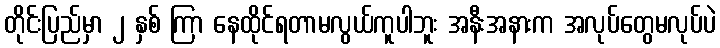
တိုင်းပြည်မှာ ၂ နှစ် ကြာ နေထိုင်ရတာမလွယ်ကူပါဘူး အနီးအနားက အလုပ်တွေမလုပ်ပဲ